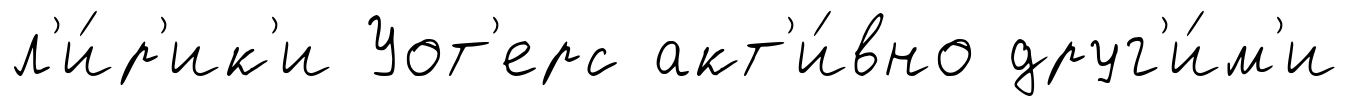
л'и́р'ик'и Уот'ерс акт'и́вно друг'и́м'и